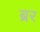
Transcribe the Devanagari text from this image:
ब्रर